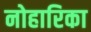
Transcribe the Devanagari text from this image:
नोहारिका